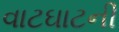
વાટઘાટની